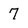
Character: 7